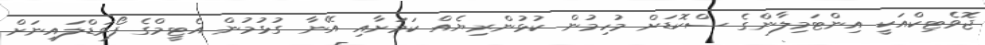
ޖޮވެޓިކްއަކީ އިންޓަމިލާންގެ ސްކޮޑަށް މުހިމުން ކުޅުންރިޔެއް ކަމަށާއި އޭނާ ގުޅުމުން އެޓީމްގެ ފޯވަޑްލައިނަށް